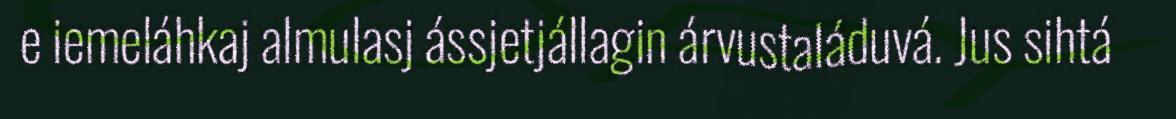
e iemeláhkaj almulasj ássjetjállagin árvustaláduvá. Jus sihtá